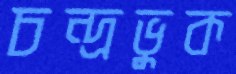
চন্দ্রভুক